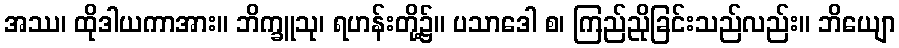
အဿ၊ ထိုဒါယကာအား။ ဘိက္ခူသု၊ ရဟန်းတို့၌။ ပသာဒေါ စ၊ ကြည်ညိုခြင်းသည်လည်း။ ဘိယျော